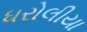
ધરોલીયા